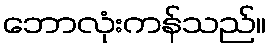
ဘောလုံးကန်သည်။